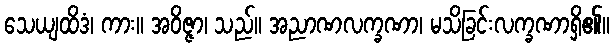
သေယျထိဒံ၊ ကား။ အဝိဇ္ဇာ၊ သည်။ အညာဏလက္ခဏာ၊ မသိခြင်းလက္ခဏာရှိ၏။